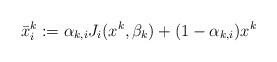
LaTeX: \begin{align*}{}\bar{x}_i^k:=\alpha_{k,i} J_{i}(x^k,\beta_k)+(1-\alpha_{k,i})x^k\end{align*}